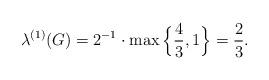
LaTeX: \begin{align*}\lambda^{(1)}(G)=2^{-1}\cdot \max\Big\{\frac{4}{3}, 1\Big\}=\frac{2}{3}.\end{align*}